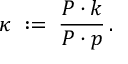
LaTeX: \kappa \; : = \; \frac { P \cdot k } { P \cdot p } \, .